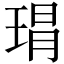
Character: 𤦛